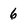
Character: 6